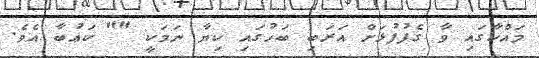
މައްކާގައި ވާ ގެފުފުޅަށް އަރަބި ބަހުގައި ކިޔާ ނަމަކީ "" ކަޢުބާ އެވެ.